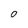
Character: 0